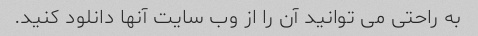
به راحتی می توانید آن را از وب سایت آنها دانلود کنید.